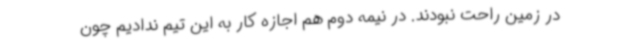
در زمین راحت نبودند. در نیمه دوم هم اجازه کار به این تیم ندادیم چون